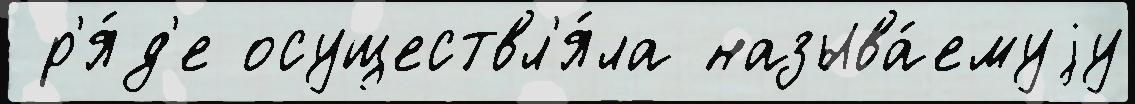
 р'я́д'е осуществл'я́ла называ́емуjу